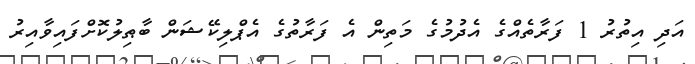
އަދި އިތުރު 1 ފަރާތެއްގެ އެދުމުގެ މަތިން އެ ފަރާތުގެ އެޕްލިކޭޝަން ބާޠިލުކޮށްފައިވާއިރު